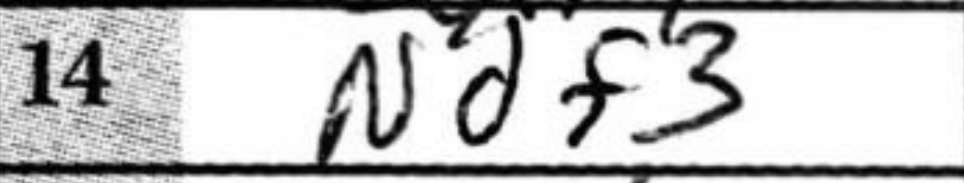
Transcription: Ndf3